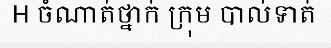
H ចំណាត់ថ្នាក់ ក្រុម បាល់ទាត់